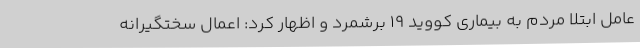
عامل ابتلا مردم به بیماری کووید 19 برشمرد و اظهار کرد: اعمال سختگیرانه